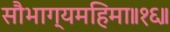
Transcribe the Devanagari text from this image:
सौभाग्यमहिमा॥१६॥